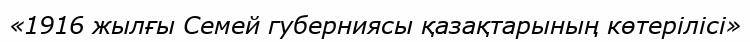
«1916 жылғы Семей губерниясы қазақтарының көтерілісі»